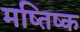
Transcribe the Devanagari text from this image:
मष्तिष्‍क